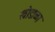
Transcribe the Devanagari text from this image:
खोडाळा